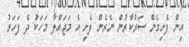
އިން ފެށިގެން ސަރުކާރުން ނެރެން ފެށި އެ މަޖައްލާ މަހަކު ދެ ފަހަރު